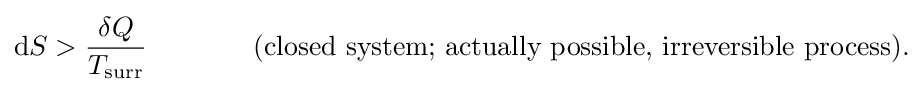
\mathrm {d} S>{\frac {\delta Q}{T_{\text{surr}}}}\,\,\,\,\,\,\,\,\,\,\,\,\,\,\,\,\,\,\,\,\,\,\,{\text{(closed system; actually possible, irreversible process).}}